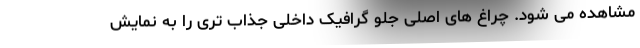
مشاهده می شود. چراغ های اصلی جلو گرافیک داخلی جذاب تری را به نمایش